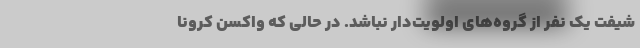
شیفت یک نفر از گروه‌های اولویت‌دار نباشد. در حالی که واکسن کرونا